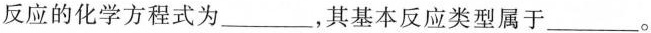
反应的化学方程式为___，其基本反应类型属于___。